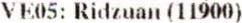
VE05: RIDZUAN (11900)